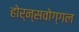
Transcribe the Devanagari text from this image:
होर्न्सवोग्गल